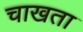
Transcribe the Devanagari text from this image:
चाखता